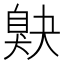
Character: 𦤕